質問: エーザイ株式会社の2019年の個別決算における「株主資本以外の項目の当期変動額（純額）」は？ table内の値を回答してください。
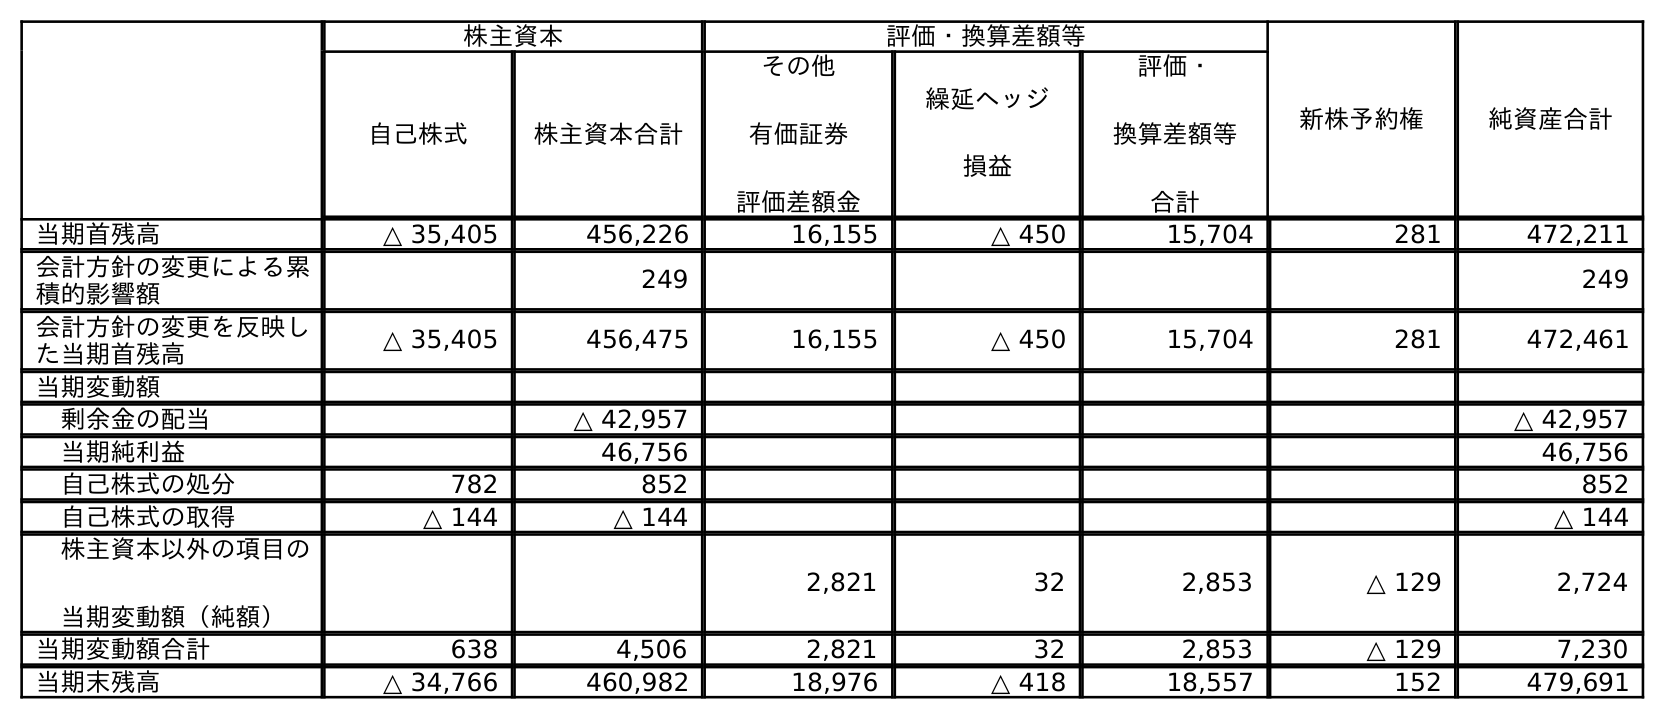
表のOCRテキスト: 株主資本 評価・換算差額等 新株予約権 純資産合計 自己株式 株主資本合計 その他 有価証券 評価差額金 繰延ヘッジ 損益 評価・ 換算差額等 合計 当期首残高 △ 35,405 456,226 16,155 △ 450 15,704 281 472,211 会計方針の変更による累 積的影響額 249 249 会計方針の変更を反映し た当期首残高 △ 35,405 456,475 16,155 △ 450 15,704 281 472,461 当期変動額 剰余金の配当 △ 42,957 △ 42,957 当期純利益 46,756 46,756 自己株式の処分 782 852 852 自己株式の取得 △ 144 △ 144 △ 144 株主資本以外の項目の 当期変動額（純額） 2,821 32 2,853 △ 129 2,724 当期変動額合計 638 4,506 2,821 32 2,853 △ 129 7,230 当期末残高 △ 34,766 460,982 18,976 △ 418 18,557 152 479,691
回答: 2,724